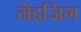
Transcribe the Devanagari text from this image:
नेइजिंग